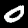
Digit: 0